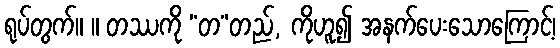
ရုပ်တွက်။ ။ တဿကို “တ”တည်, ကိုဟူ၍ အနက်ပေးသောကြောင့်၊